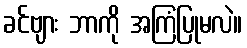
ခင်ဗျား ဘာကို အကြံပြုမလဲ။